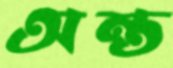
অন্ত